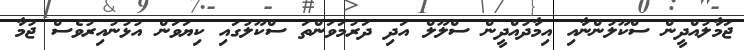
ޖަމާލުއްދީން ސްކޫލުންނާއި އިމާދުއްދީން ސްލޫލް އަދި ދަރުމަވަންތަ ސްކޫލުގައި ކިޔަވަން އުޅުނުއިރުވެސް ޖުމާ